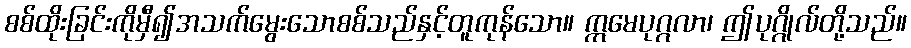
စစ်ထိုးခြင်းကိုမှီ၍အသက်မွေးသောစစ်သည်နှင့်တူကုန်သော။ ဣမေပုဂ္ဂလာ၊ ဤပုဂ္ဂိုလ်တို့သည်။